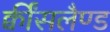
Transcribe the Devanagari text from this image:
क्वींसलैण्ड